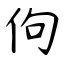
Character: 佝